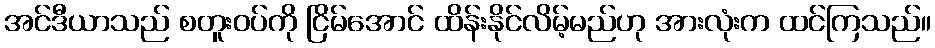
အင်ဒီယာသည် စတူးဝပ်ကို ငြိမ်အောင် ထိန်းနိုင်လိမ့်မည်ဟု အားလုံးက ထင်ကြသည်။